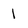
Character: 1